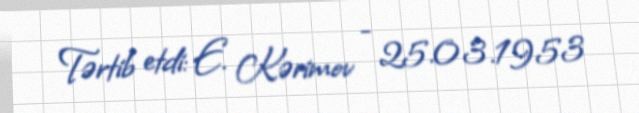
Tərtib etdi: E. Kərimov - 25.03.1953